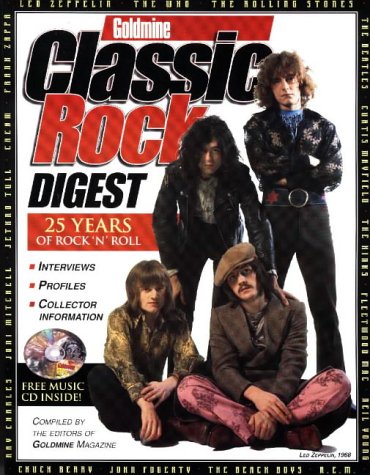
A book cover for Goldmine Classic Rock Digest: 25 Years of Rock 'N' Roll; Goldmine Magazine; Crafts, Hobbies & Home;